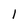
Character: l